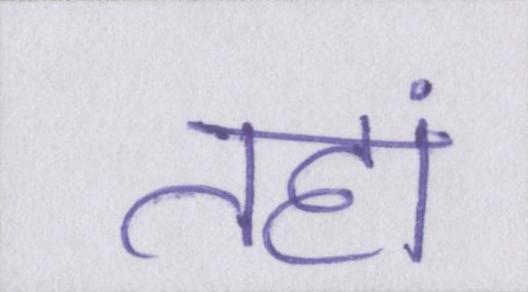
तहां